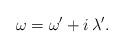
LaTeX: \begin{align*}\omega=\omega'+i\,\lambda'.\end{align*}